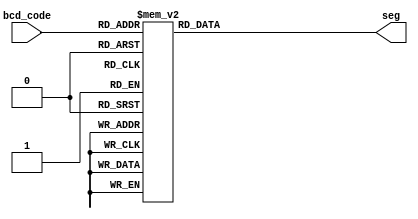
module BCD_to_7Segment(
    input wire [3:0] bcd_code,
    output reg [6:0] seg
);

always @(*) begin
    case (bcd_code)
        'd0 : seg = 7'b0000001;
        'd1 : seg = 7'b1001111;
        'd2 : seg = 7'b0010010;
        'd3 : seg = 7'b0000110;
        'd4 : seg = 7'b1001100;
        'd5 : seg = 7'b0100100;
        'd6 : seg = 7'b0100000;
        'd7 : seg = 7'b0001111;
        'd8 : seg = 7'b0000000;
        'd9 : seg = 7'b0000100;
        default : seg = 7'b1111111; 
    endcase
end
    
endmodule